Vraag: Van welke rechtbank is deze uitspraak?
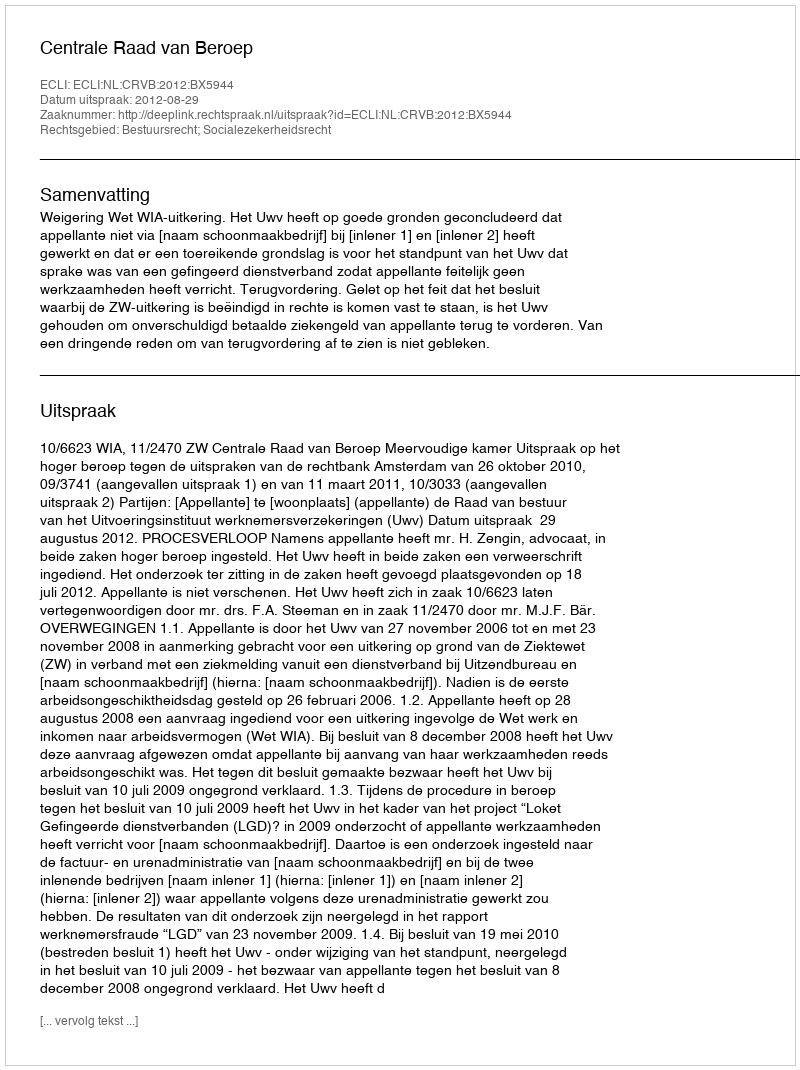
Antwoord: Centrale Raad van Beroep